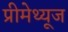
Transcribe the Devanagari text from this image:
प्रीमेथ्यूज